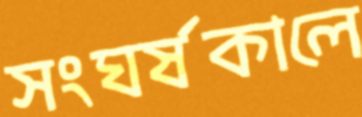
সংঘর্ষকালে